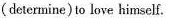
(determine)to love himself.